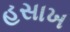
હસાખ